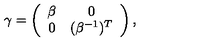
\gamma = \left( \begin{array} { c c } { \beta } & { 0 } \\ { 0 } & { ( \beta ^ { - 1 } ) ^ { T } } \\ \end{array} \right) ,